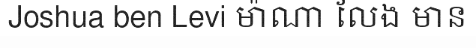
Joshua ben Levi ម៉ាណា លែង មាន